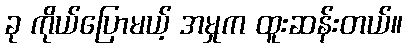
ခု ကိုယ်ပြောမယ့် အမှုက ထူးဆန်းတယ်။